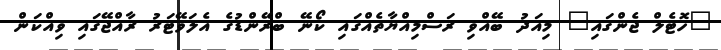
"ހޮޓެލް ޖެންގައި" މިއަދު ބޭއްވި ރަސްމިއްޔާތެއްގައި ކޯނޭ ބްރޭންޑުގެ އެލަވޭޓަރު ރާއްޖޭގައި ވިއްކަން